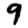
Digit: 9